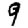
Digit: 9